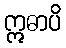
ဣဓာပိ